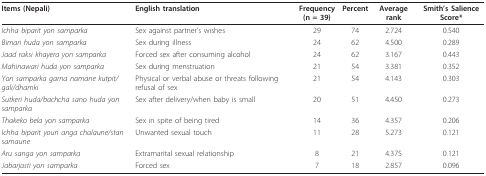
<table><thead><tr><td><b>Items (Nepali)</b></td><td><b>English translation</b></td><td><b>Frequency (n = 39)</b></td><td><b>Percent</b></td><td><b>Average rank</b></td><td><b>Smith&#x27;s Salience Score*</b></td></tr></thead><tbody><tr><td><i>Ichha biparit yon samparka</i></td><td>Sex against partner&#x27;s wishes</td><td>29</td><td>74</td><td>2.724</td><td>0.540</td></tr><tr><td><i>Bimari huda yon samparka</i></td><td>Sex during illness</td><td>24</td><td>62</td><td>4.500</td><td>0.289</td></tr><tr><td><i>Jaad raksi khayera yon samparka</i></td><td>Forced sex after consuming alcohol</td><td>24</td><td>62</td><td>3.167</td><td>0.443</td></tr><tr><td><i>Mahinawari huda yon samparka</i></td><td>Sex during menstruation</td><td>21</td><td>54</td><td>3.381</td><td>0.352</td></tr><tr><td><i>Yon samparka garna namane kutpit/gali/dhamki</i></td><td>Physical or verbal abuse or threats following refusal of sex</td><td>21</td><td>54</td><td>4.143</td><td>0.303</td></tr><tr><td><i>Sutkeri huda/bachcha sano huda yon samparka</i></td><td>Sex after delivery/when baby is small</td><td>20</td><td>51</td><td>4.450</td><td>0.273</td></tr><tr><td><i>Thakeko bela yon samparka</i></td><td>Sex in spite of being tired</td><td>14</td><td>36</td><td>4.357</td><td>0.206</td></tr><tr><td><i>Ichha biparit youn anga chalaune/stan samaune</i></td><td>Unwanted sexual touch</td><td>11</td><td>28</td><td>5.273</td><td>0.121</td></tr><tr><td><i>Aru sanga yon samparka</i></td><td>Extramarital sexual relationship</td><td>8</td><td>21</td><td>4.375</td><td>0.121</td></tr><tr><td><i>Jabarjasti yon samparka</i></td><td>Forced sex</td><td>7</td><td>18</td><td>2.857</td><td>0.096</td></tr></tbody></table>